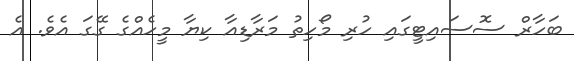
ބަހާރް ސޮސައިޓީގައި ހުރި މޯހިތު މަރާޑިއާ ކިޔާ މީހެއްގެ ގޭގަ އެވެ. އެ